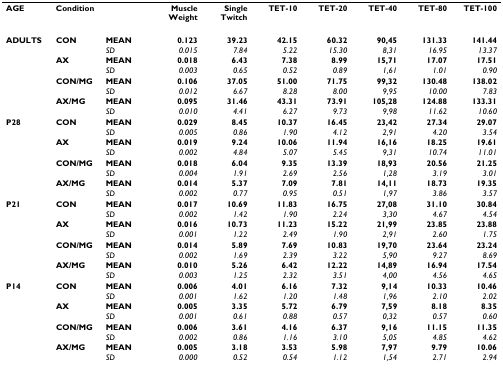
<table><thead><tr><td><b>AGE</b></td><td><b>Condition</b></td><td></td><td><b>Muscle Weight</b></td><td><b>Single Twitch</b></td><td><b>TET-10</b></td><td><b>TET-20</b></td><td><b>TET-40</b></td><td><b>TET-80</b></td><td><b>TET-100</b></td></tr></thead><tbody><tr><td><b>ADULTS</b></td><td><b>CON</b></td><td><b>MEAN</b></td><td><b>0.123</b></td><td><b>39.23</b></td><td><b>42.15</b></td><td><b>60.32</b></td><td><b>90,45</b></td><td><b>131.33</b></td><td><b>141.44</b></td></tr><tr><td></td><td></td><td><i>SD</i></td><td><i>0.015</i></td><td><i>7.84</i></td><td><i>5.22</i></td><td><i>15.30</i></td><td><i>8,31</i></td><td><i>16.95</i></td><td><i>13.37</i></td></tr><tr><td></td><td><b>AX</b></td><td><b>MEAN</b></td><td><b>0.018</b></td><td><b>6.43</b></td><td><b>7.38</b></td><td><b>8.99</b></td><td><b>15,71</b></td><td><b>17.07</b></td><td><b>17.51</b></td></tr><tr><td></td><td></td><td><i>SD</i></td><td><i>0.003</i></td><td><i>0.65</i></td><td><i>0.52</i></td><td><i>0.89</i></td><td><i>1,61</i></td><td><i>1.01</i></td><td><i>0.90</i></td></tr><tr><td></td><td><b>CON/MG</b></td><td><b>MEAN</b></td><td><b>0.106</b></td><td><b>37.05</b></td><td><b>51.00</b></td><td><b>71.75</b></td><td><b>99,32</b></td><td><b>130.48</b></td><td><b>138.02</b></td></tr><tr><td></td><td></td><td><i>SD</i></td><td><i>0.012</i></td><td><i>6.67</i></td><td><i>8.28</i></td><td><i>8.00</i></td><td><i>9,95</i></td><td><i>10.00</i></td><td><i>7.83</i></td></tr><tr><td></td><td><b>AX/MG</b></td><td><b>MEAN</b></td><td><b>0.095</b></td><td><b>31.46</b></td><td><b>43.31</b></td><td><b>73.91</b></td><td><b>105,28</b></td><td><b>124.88</b></td><td><b>133.31</b></td></tr><tr><td></td><td></td><td><i>SD</i></td><td><i>0.010</i></td><td><i>4.41</i></td><td><i>6.27</i></td><td><i>9.73</i></td><td><i>9,98</i></td><td><i>11.62</i></td><td><i>10.60</i></td></tr><tr><td><b>P28</b></td><td><b>CON</b></td><td><b>MEAN</b></td><td><b>0.029</b></td><td><b>8.45</b></td><td><b>10.37</b></td><td><b>16.45</b></td><td><b>23,42</b></td><td><b>27.34</b></td><td><b>29.07</b></td></tr><tr><td></td><td></td><td><i>SD</i></td><td><i>0.005</i></td><td><i>0.86</i></td><td><i>1.90</i></td><td><i>4.12</i></td><td><i>2,91</i></td><td><i>4.20</i></td><td><i>3.54</i></td></tr><tr><td></td><td><b>AX</b></td><td><b>MEAN</b></td><td><b>0.019</b></td><td><b>9.24</b></td><td><b>10.06</b></td><td><b>11.94</b></td><td><b>16,16</b></td><td><b>18.25</b></td><td><b>19.61</b></td></tr><tr><td></td><td></td><td><i>SD</i></td><td><i>0.002</i></td><td><i>4.84</i></td><td><i>5.07</i></td><td><i>5.45</i></td><td><i>9,31</i></td><td><i>10.74</i></td><td><i>11.01</i></td></tr><tr><td></td><td><b>CON/MG</b></td><td><b>MEAN</b></td><td><b>0.018</b></td><td><b>6.04</b></td><td><b>9.35</b></td><td><b>13.39</b></td><td><b>18,93</b></td><td><b>20.56</b></td><td><b>21.25</b></td></tr><tr><td></td><td></td><td><i>SD</i></td><td><i>0.004</i></td><td><i>1.91</i></td><td><i>2.69</i></td><td><i>2.56</i></td><td><i>1,28</i></td><td><i>3.19</i></td><td><i>3.01</i></td></tr><tr><td></td><td><b>AX/MG</b></td><td><b>MEAN</b></td><td><b>0.014</b></td><td><b>5.37</b></td><td><b>7.09</b></td><td><b>7.81</b></td><td><b>14,11</b></td><td><b>18.73</b></td><td><b>19.35</b></td></tr><tr><td></td><td></td><td><i>SD</i></td><td><i>0.002</i></td><td><i>0.77</i></td><td><i>0.95</i></td><td><i>0.51</i></td><td><i>1,97</i></td><td><i>3.86</i></td><td><i>3.57</i></td></tr><tr><td><b>P21</b></td><td><b>CON</b></td><td><b>MEAN</b></td><td><b>0.017</b></td><td><b>10.69</b></td><td><b>11.83</b></td><td><b>16.75</b></td><td><b>27,08</b></td><td><b>31.10</b></td><td><b>30.84</b></td></tr><tr><td></td><td></td><td><i>SD</i></td><td><i>0.002</i></td><td><i>1.42</i></td><td><i>1.90</i></td><td><i>2.24</i></td><td><i>3,30</i></td><td><i>4.67</i></td><td><i>4.54</i></td></tr><tr><td></td><td><b>AX</b></td><td><b>MEAN</b></td><td><b>0.016</b></td><td><b>10.73</b></td><td><b>11.23</b></td><td><b>15.22</b></td><td><b>21,99</b></td><td><b>23.85</b></td><td><b>23.88</b></td></tr><tr><td></td><td></td><td><i>SD</i></td><td><i>0.001</i></td><td><i>1.22</i></td><td><i>2.49</i></td><td><i>1.90</i></td><td><i>2,91</i></td><td><i>2.60</i></td><td><i>1.75</i></td></tr><tr><td></td><td><b>CON/MG</b></td><td><b>MEAN</b></td><td><b>0.014</b></td><td><b>5.89</b></td><td><b>7.69</b></td><td><b>10.83</b></td><td><b>19,70</b></td><td><b>23.64</b></td><td><b>23.24</b></td></tr><tr><td></td><td></td><td><i>SD</i></td><td><i>0.002</i></td><td><i>1.69</i></td><td><i>2.39</i></td><td><i>3.22</i></td><td><i>5,90</i></td><td><i>9.27</i></td><td><i>8.69</i></td></tr><tr><td></td><td><b>AX/MG</b></td><td><b>MEAN</b></td><td><b>0.010</b></td><td><b>5.26</b></td><td><b>6.42</b></td><td><b>12.22</b></td><td><b>14,89</b></td><td><b>16.94</b></td><td><b>17.54</b></td></tr><tr><td></td><td></td><td><i>SD</i></td><td><i>0.003</i></td><td><i>1.25</i></td><td><i>2.32</i></td><td><i>3.51</i></td><td><i>4,00</i></td><td><i>4.56</i></td><td><i>4.65</i></td></tr><tr><td><b>P14</b></td><td><b>CON</b></td><td><b>MEAN</b></td><td><b>0.006</b></td><td><b>4.01</b></td><td><b>6.16</b></td><td><b>7.32</b></td><td><b>9,14</b></td><td><b>10.33</b></td><td><b>10.46</b></td></tr><tr><td></td><td></td><td><i>SD</i></td><td><i>0.001</i></td><td><i>1.62</i></td><td><i>1.20</i></td><td><i>1.48</i></td><td><i>1,96</i></td><td><i>2.10</i></td><td><i>2.02</i></td></tr><tr><td></td><td><b>AX</b></td><td><b>MEAN</b></td><td><b>0.005</b></td><td><b>3.35</b></td><td><b>5.72</b></td><td><b>6.79</b></td><td><b>7,59</b></td><td><b>8.18</b></td><td><b>8.35</b></td></tr><tr><td></td><td></td><td><i>SD</i></td><td><i>0.001</i></td><td><i>0.61</i></td><td><i>0.88</i></td><td><i>0.57</i></td><td><i>0,32</i></td><td><i>0.57</i></td><td><i>0.60</i></td></tr><tr><td></td><td><b>CON/MG</b></td><td><b>MEAN</b></td><td><b>0.006</b></td><td><b>3.61</b></td><td><b>4.16</b></td><td><b>6.37</b></td><td><b>9,16</b></td><td><b>11.15</b></td><td><b>11.35</b></td></tr><tr><td></td><td></td><td><i>SD</i></td><td><i>0.002</i></td><td><i>0.86</i></td><td><i>1.16</i></td><td><i>3.10</i></td><td><i>5,05</i></td><td><i>4.85</i></td><td><i>4.62</i></td></tr><tr><td></td><td><b>AX/MG</b></td><td><b>MEAN</b></td><td><b>0.005</b></td><td><b>3.18</b></td><td><b>3.53</b></td><td><b>5.98</b></td><td><b>7,97</b></td><td><b>9.79</b></td><td><b>10.06</b></td></tr><tr><td></td><td></td><td><i>SD</i></td><td><i>0.000</i></td><td><i>0.52</i></td><td><i>0.54</i></td><td><i>1.12</i></td><td><i>1,54</i></td><td><i>2.71</i></td><td><i>2.94</i></td></tr></tbody></table>